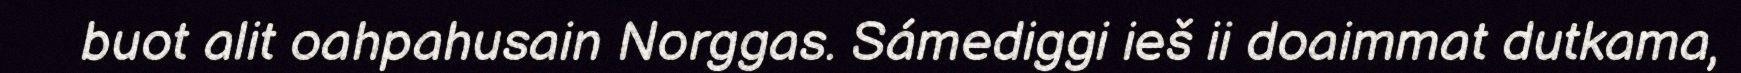
buot alit oahpahusain Norggas. Sámediggi ieš ii doaimmat dutkama,